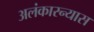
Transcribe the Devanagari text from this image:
अलंकारन्यास